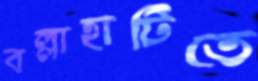
বল্লাহাটিতে